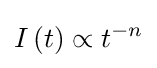
I\left(t\right)\propto t^{-n}